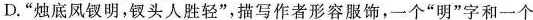
D.”烛底风钗明，钗头人胜轻”，描写作者形容服饰，一个”明”字和一个